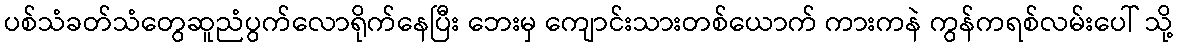
ပစ်သံခတ်သံတွေဆူညံပွက်လောရိုက်နေပြီး ဘေးမှ ကျောင်းသားတစ်ယောက် ကားကနဲ ကွန်ကရစ်လမ်းပေါ် သို့